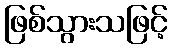
ဖြစ်သွားသဖြင့်